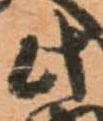
此